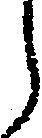
う